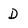
Character: D